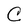
Character: C